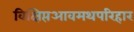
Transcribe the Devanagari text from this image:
विक्षिप्तआवमथपरिहार